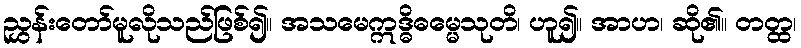
ညွှန်းတော်မူလိုသည်ဖြစ်၍။ အသမေဣဒ္ဓိဓမ္မေသုတိ၊ ဟူ၍။ အာဟ၊ ဆို၏။ တတ္ထ၊